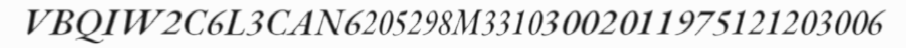
VBQIW2C6L3CAN6205298M33103002011975121203006